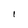
Character: I